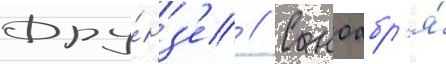
Фру́нз'е // С ноабр'я́